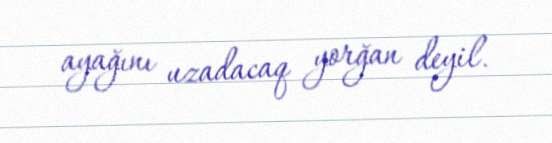
ayağını uzadacaq yorğan deyil.